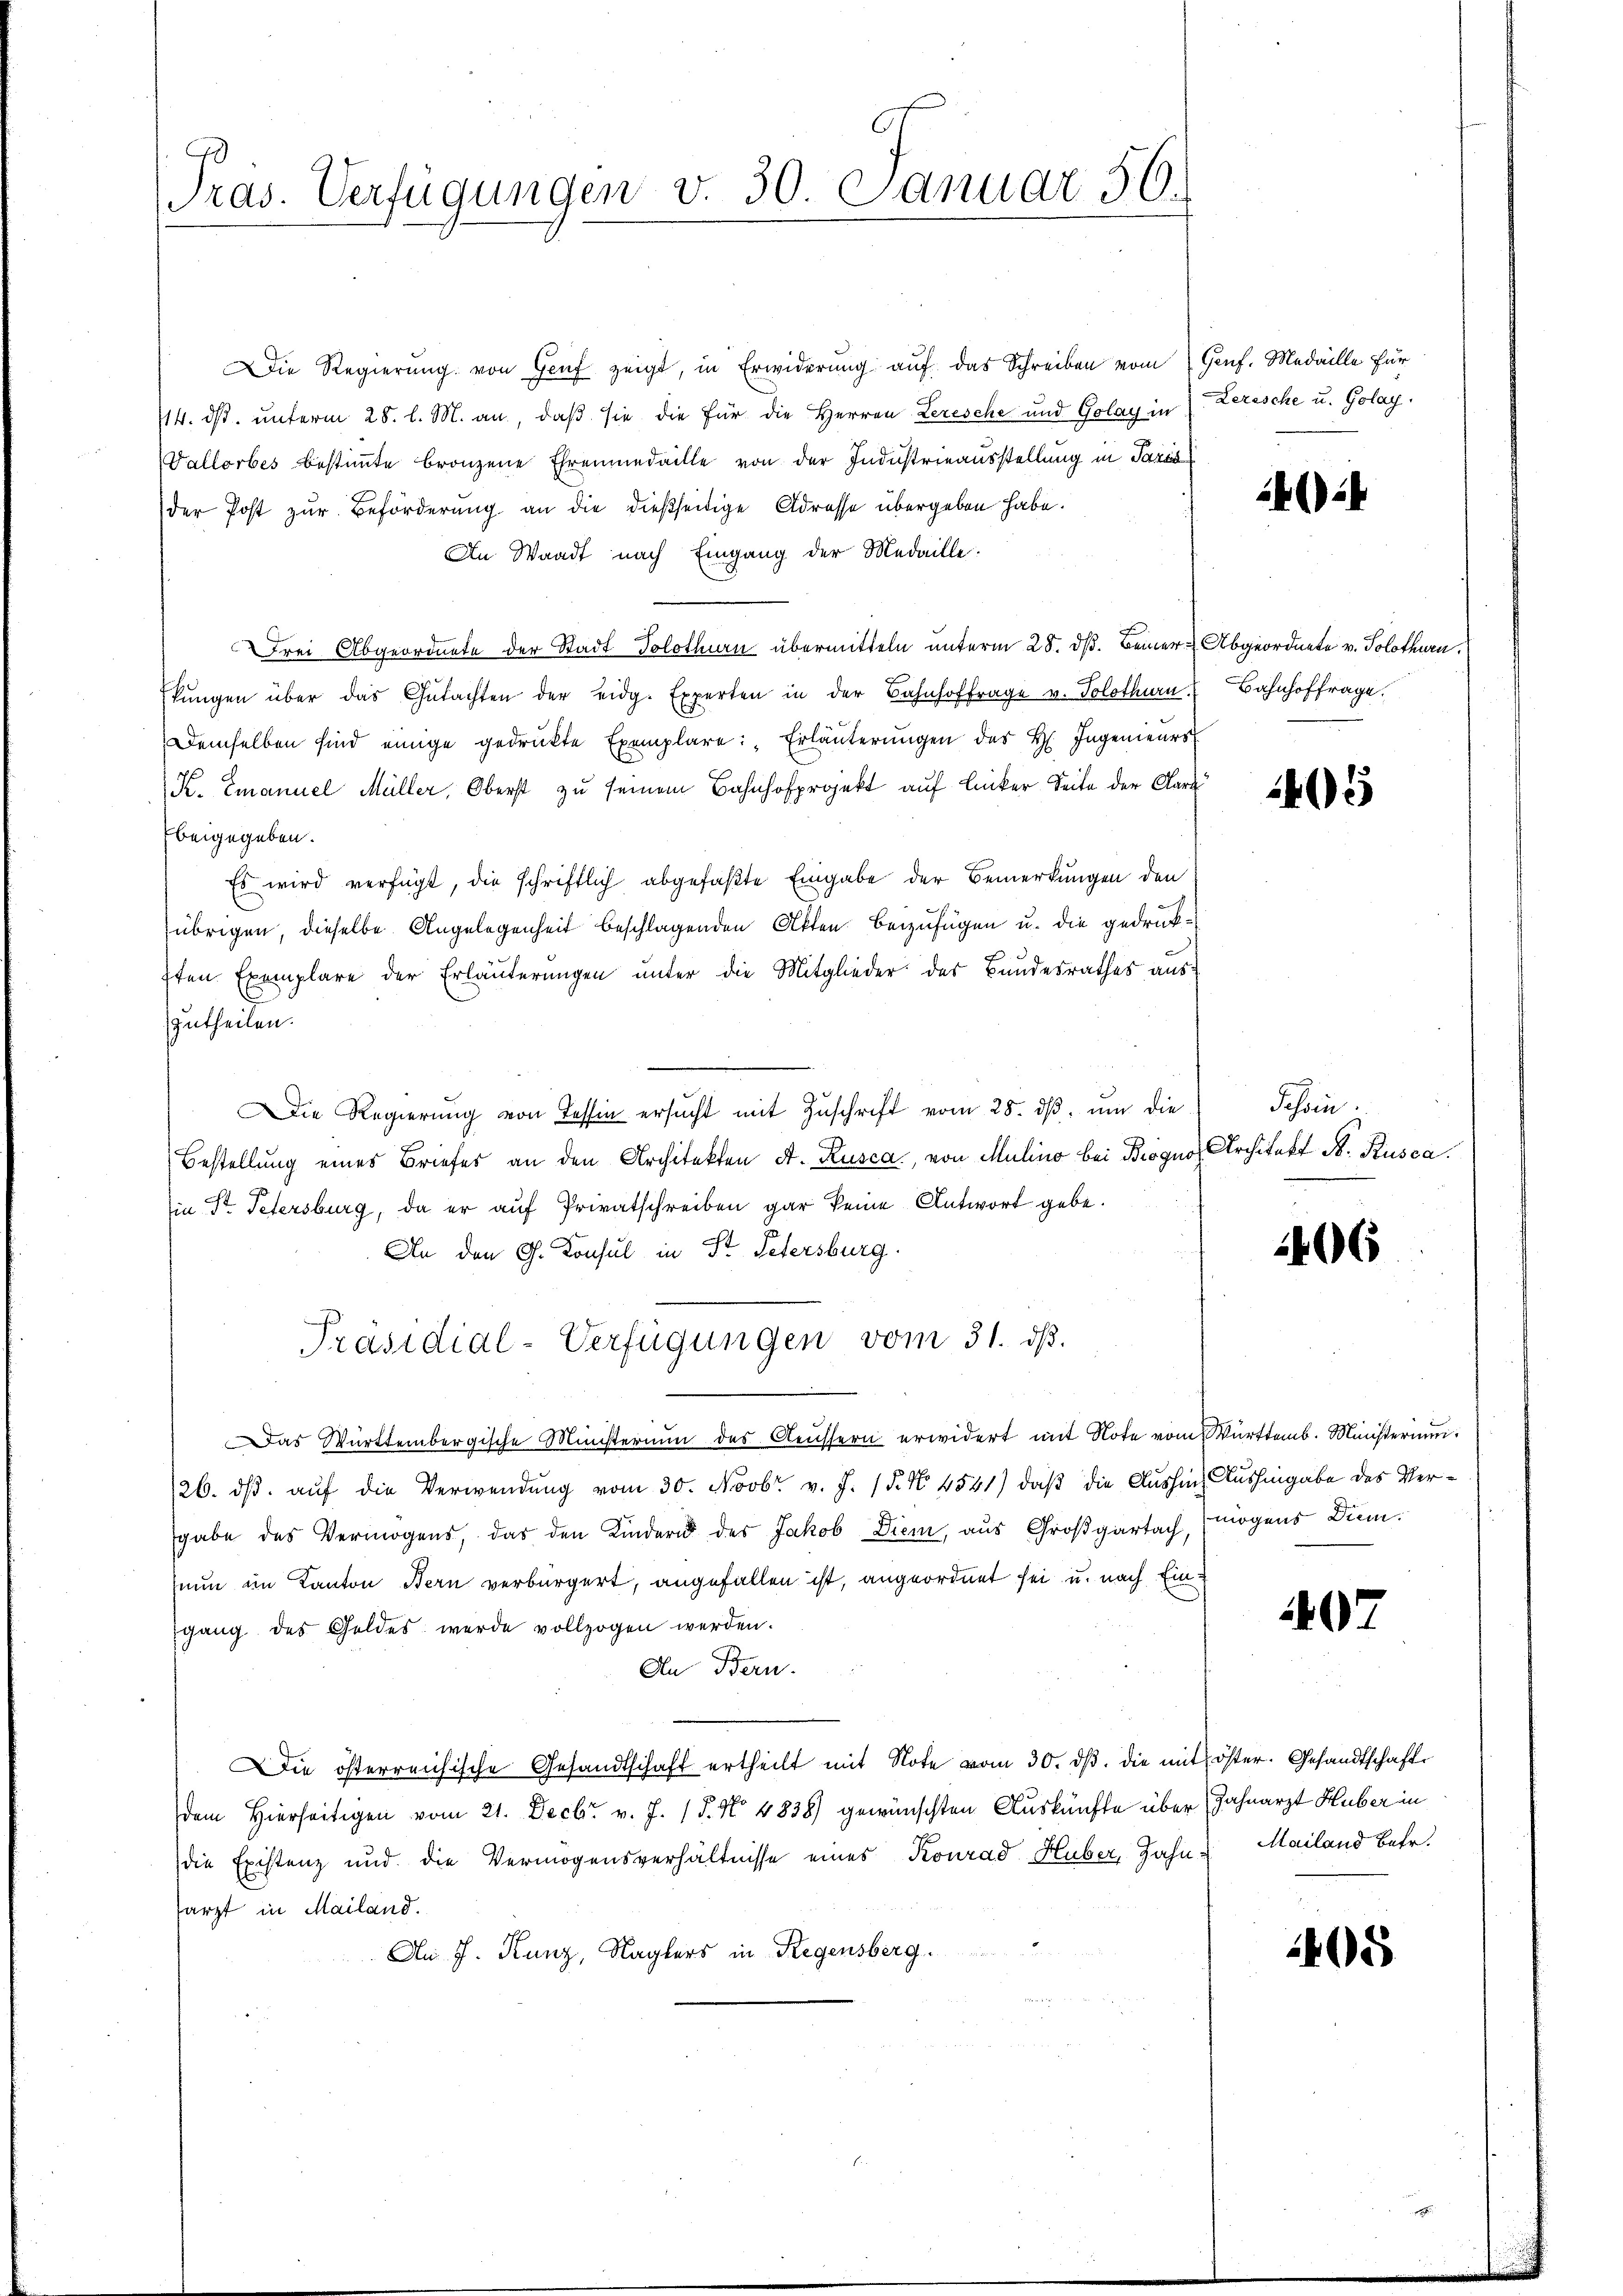
Präs. Verfügungen v. 30. Januar 56.

Die Regierŭng von Haŭf zeigt, in Erwiderŭng auf das Schreiben vom Genf. Medaille für
/14. ds. unterm 28. l. M. an, daß sie die für die Herren Lezesche und Golay in Zerische u. Golay.
Vallorbes bestimmte bronzene Ehrenmedaille von der Industrieausstellung in Paris
der Post zur Beförderung an die dießseitige Adresse übergeben habe.
An Waadt nach Eingang der Medaille.
Frei Abgeordnete der Stadt Solothurn übermitteln unterm 28. dß. Beiner Abgeordnete v. Solothurn.
kŭngen über das Gŭtachten der eidg. Experten in der Bahnhoffrage v. Solothurn, Bahnhoffrage.
Demselben sind einige gedruckte Exemplare: „Erläuterungen des H. Ingenieurs
K. Emanuel Müller, Oberst zu seinem Bahnhofprojekt auf Linker Seite der Car
beigegeben.
Es wird verfügt, die schriftlich abgefaßte Eingabe der Bemerkungen den
übrigen, dieselbe Angelegenheit beschlagenden Akten beizufügen u. die gedrück¬
7ten Exemplare der Erläuterungen unter die Mitglieder der Bundesrathes aus
zutheilen.
Die Regierŭng von Tessin ersŭcht mit Zŭschrift vom 28. dβ. ŭm die Schön
Bestellung eines Briefes an den Architekten A. Rusca, von Mulina bei Brogno, Architekt N. Rusca.
Ein St. Petersburg, da er auf Privatschreiben gar keine Antwort gebe.
An den G. Konsul in Str. Petersburg.
Präsidial-Verfügungen vom 31. ds.
Das Württembergische Ministerium des Aeussern erwidert mit Note vom Württemb. Ministerium.
26. dβ aŭf die Verwendung vom 30. Novbr. v. J. (§. No. 4541) daß die Aushin Aushingabe des Vergabe des Vermögens, das den Kindern des Jakob Diem, aus Großgartach, mögens Dimnun im Kanton Bern verbürgert, angefallen ist, angeordnet sei u. nach Eingang des Geldes werde vollzogen werden.
In Bern.
Die österreichische Gesandtschaft ertheilt mit Note vom 30. dβ. die mit öster. Gesandtschafte
dem Hierseitigen vom 21. Decbr v. J. 18. No 4838) gewünschten Auskünfte über Zahnarzt Huber in
die Existenz und die Vermögensverhältnisse eines Konrad Huber, Zahn- Mailand Betr.
tarzt in Mailand.
An J. Kunz, Naglers in Regensberg.

14):

5

1406

07

405